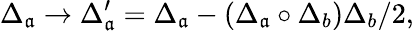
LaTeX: \Delta_{\mathfrak{a}}\rightarrow\Delta_{\mathfrak{a}}^{\prime}=\Delta_{\mathfrak{a}}-(\Delta_{\mathfrak{a}}\circ\Delta_{b})\Delta_{b}/2,